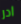
ادر